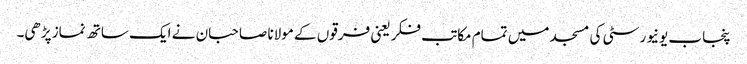
پنجاب یونیورسٹی کی مسجد میں تمام مکاتب فکر یعنی فرقوں کے مولانا صاحبان نے ایک ساتھ نماز پڑھی۔